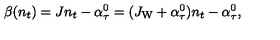
\beta ( n _ { t } ) = J n _ { t } - \alpha _ { \tau } ^ { 0 } = ( J _ { \mathrm { W } } + \alpha _ { \tau } ^ { 0 } ) n _ { t } - \alpha _ { \tau } ^ { 0 } ,